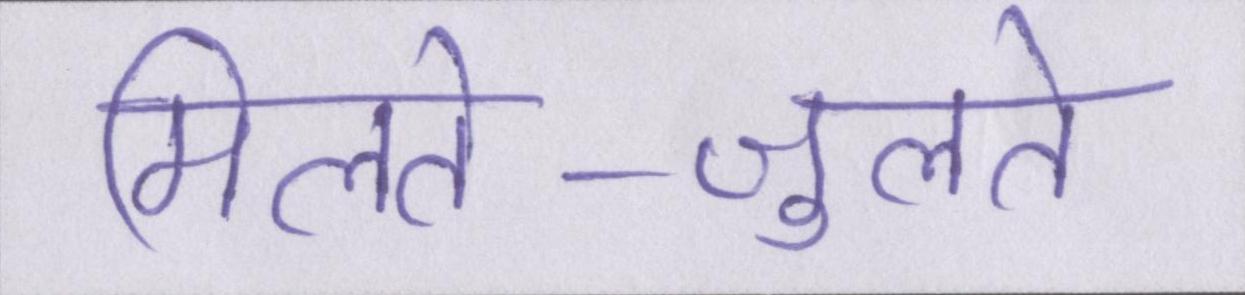
मिलते-जुलते